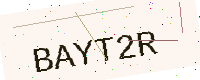
Text: BAYT2R